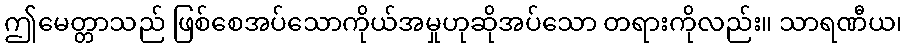
ဤမေတ္တာသည် ဖြစ်စေအပ်သောကိုယ်အမှုဟုဆိုအပ်သော တရားကိုလည်း။ သာရဏီယ၊